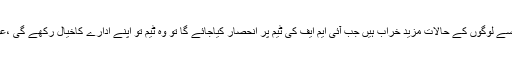
سلمان غنی کا کہنا تھا کہ حکومت آنے سے لوگوں کے حالات مزید خراب ہیں جب آئی ایم ایف کی ٹیم پر انحصار کیاجائے گا تو وہ ٹیم تو اپنے ادارے کاخیال رکھے گی ،عوا م سے تو عمران خان نے پوچھنا تھا ۔